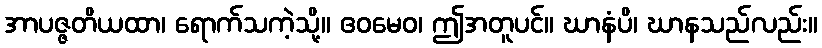
အာပဇ္ဇတိယထာ၊ ရောက်သကဲ့သို့။ ဧဝမေဝ၊ ဤအတူပင်။ ဃာနံပိ၊ ဃာနသည်လည်း။